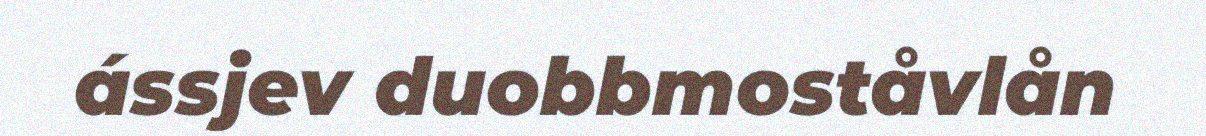
ássjev duobbmoståvlån